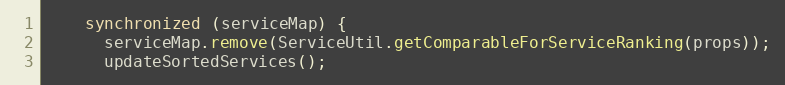
Language: Java
    synchronized (serviceMap) {
      serviceMap.remove(ServiceUtil.getComparableForServiceRanking(props));
      updateSortedServices();